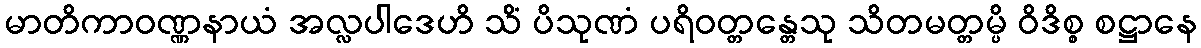
မာတိကာဝဏ္ဏနာယံ အလ္လပါဒေဟိ သိံ ပိသုဏံ ပရိဝတ္တန္တေသု သိတမတ္တမ္ပိ ဝိဒိစ္စ စဋ္ဌာနေ